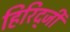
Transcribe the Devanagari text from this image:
हिरिद्जी